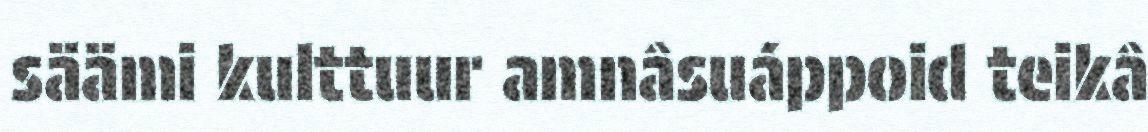
säämi kulttuur amnâsuáppoid teikâ